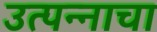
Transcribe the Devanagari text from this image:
उत्पन्‍नाचा